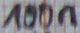
Text: 100n